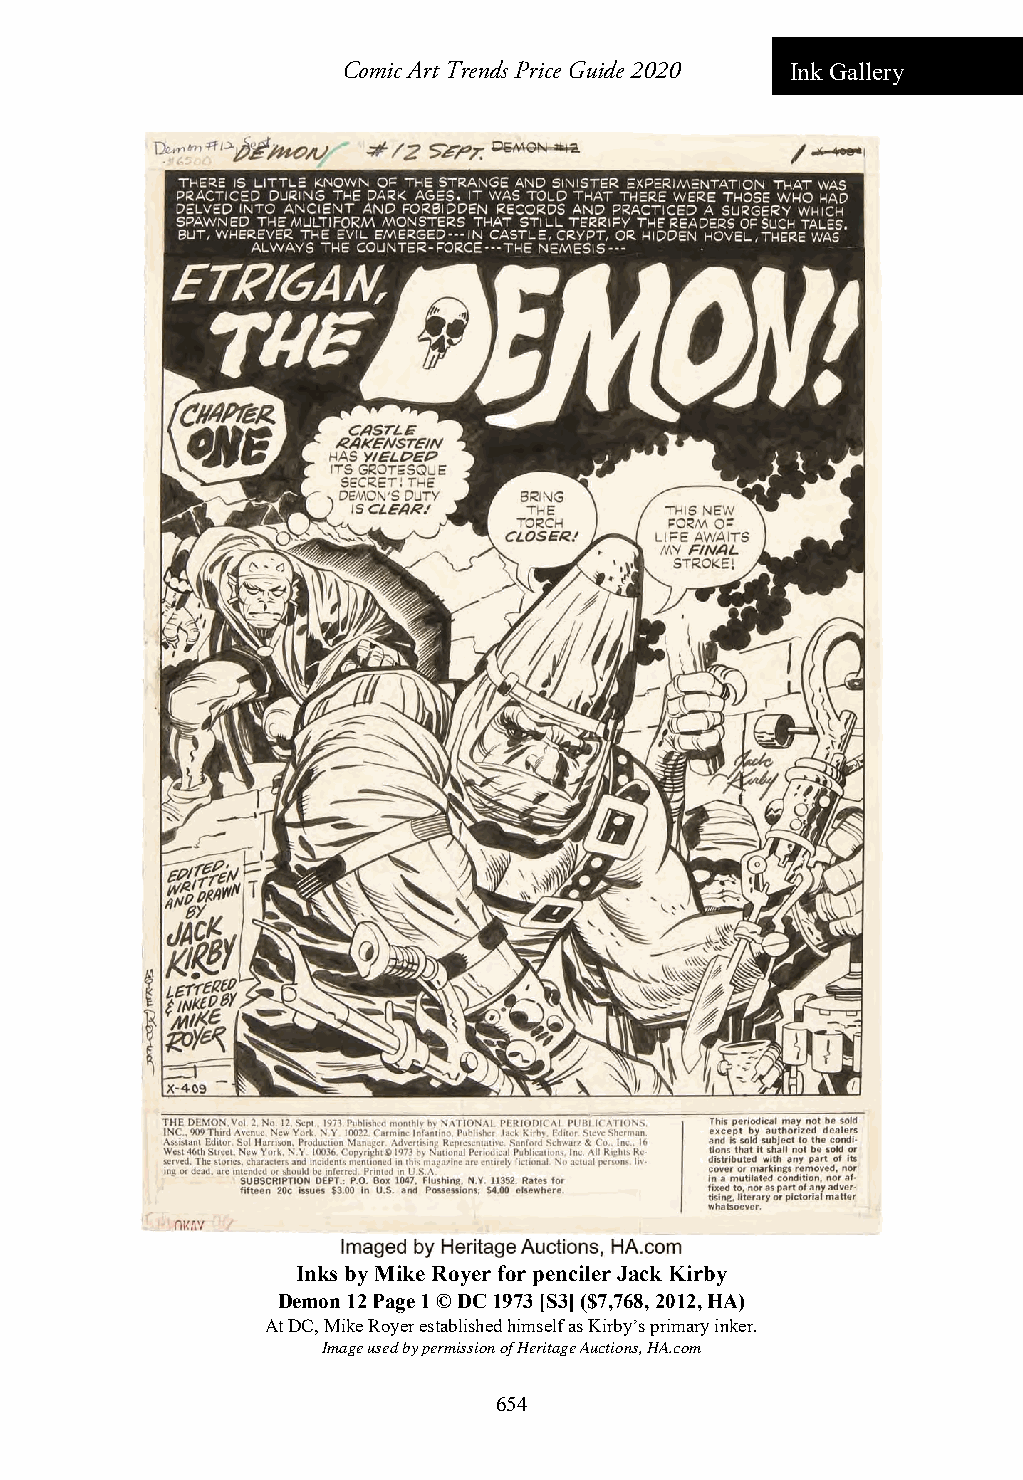
Comic Art Trends Price Guide 2020 Ink Gallery
 Inks by Mike Royer for penciler Jack Kirby
 Demon 12 Page 1 © DC 1973 [S3] ($7,768, 2012, HA)
 At DC, Mike Royer established himself as Kirby’s primary inker.
 Image used by permission of Heritage Auctions, HA.com
 654